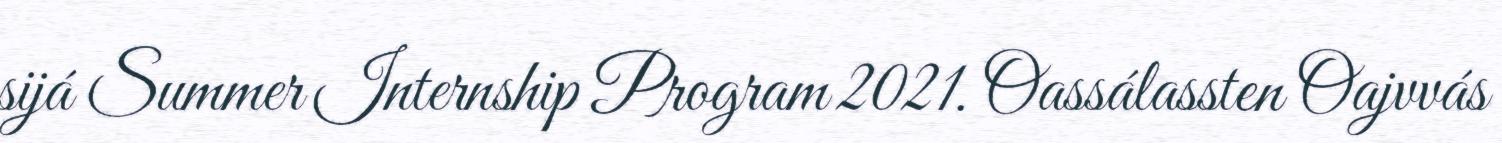
sijá Summer Internship Program 2021. Oassálassten Oajvvás